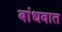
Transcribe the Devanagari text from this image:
बांधवात